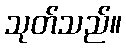
သုတ်သည်။